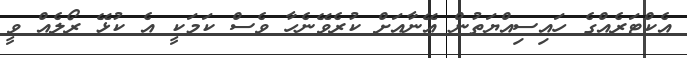
އެކްޓަރެއްގެ ހައިސިއްޔަތުން އޭނާއަށް ކުރެވޭނެހާ ވެސް ކަމަކީ އެ ކުޅޭ ރޯލެއް ވީ